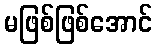
မဖြစ်ဖြစ်အောင်